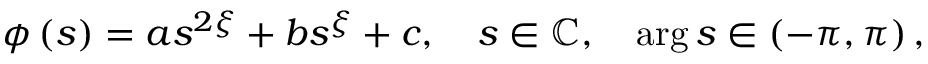
\phi \left( s \right) = a s ^ { 2 \xi } + b s ^ { \xi } + c , \quad s \in \mathbb { C } , \quad \arg s \in \left( - \pi , \pi \right) ,